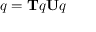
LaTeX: q = \mathbf { T } q \mathbf { U } q